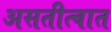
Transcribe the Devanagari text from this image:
असतीत्वात